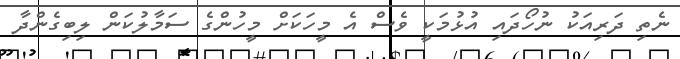
ނެތި ދަރިއަކު ނުހޯދައި އުޅުމަކީ ވެސް އެ މީހަކަށް މީހުންގެ ސަމާލުކަން ލިބިގެންދާ